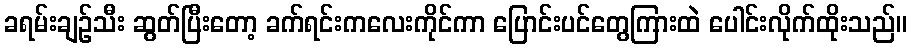
ခရမ်းချဉ်သီး ဆွတ်ပြီးတော့ ခက်ရင်းကလေးကိုင်ကာ ပြောင်းပင်တွေကြားထဲ ပေါင်းလိုက်ထိုးသည်။